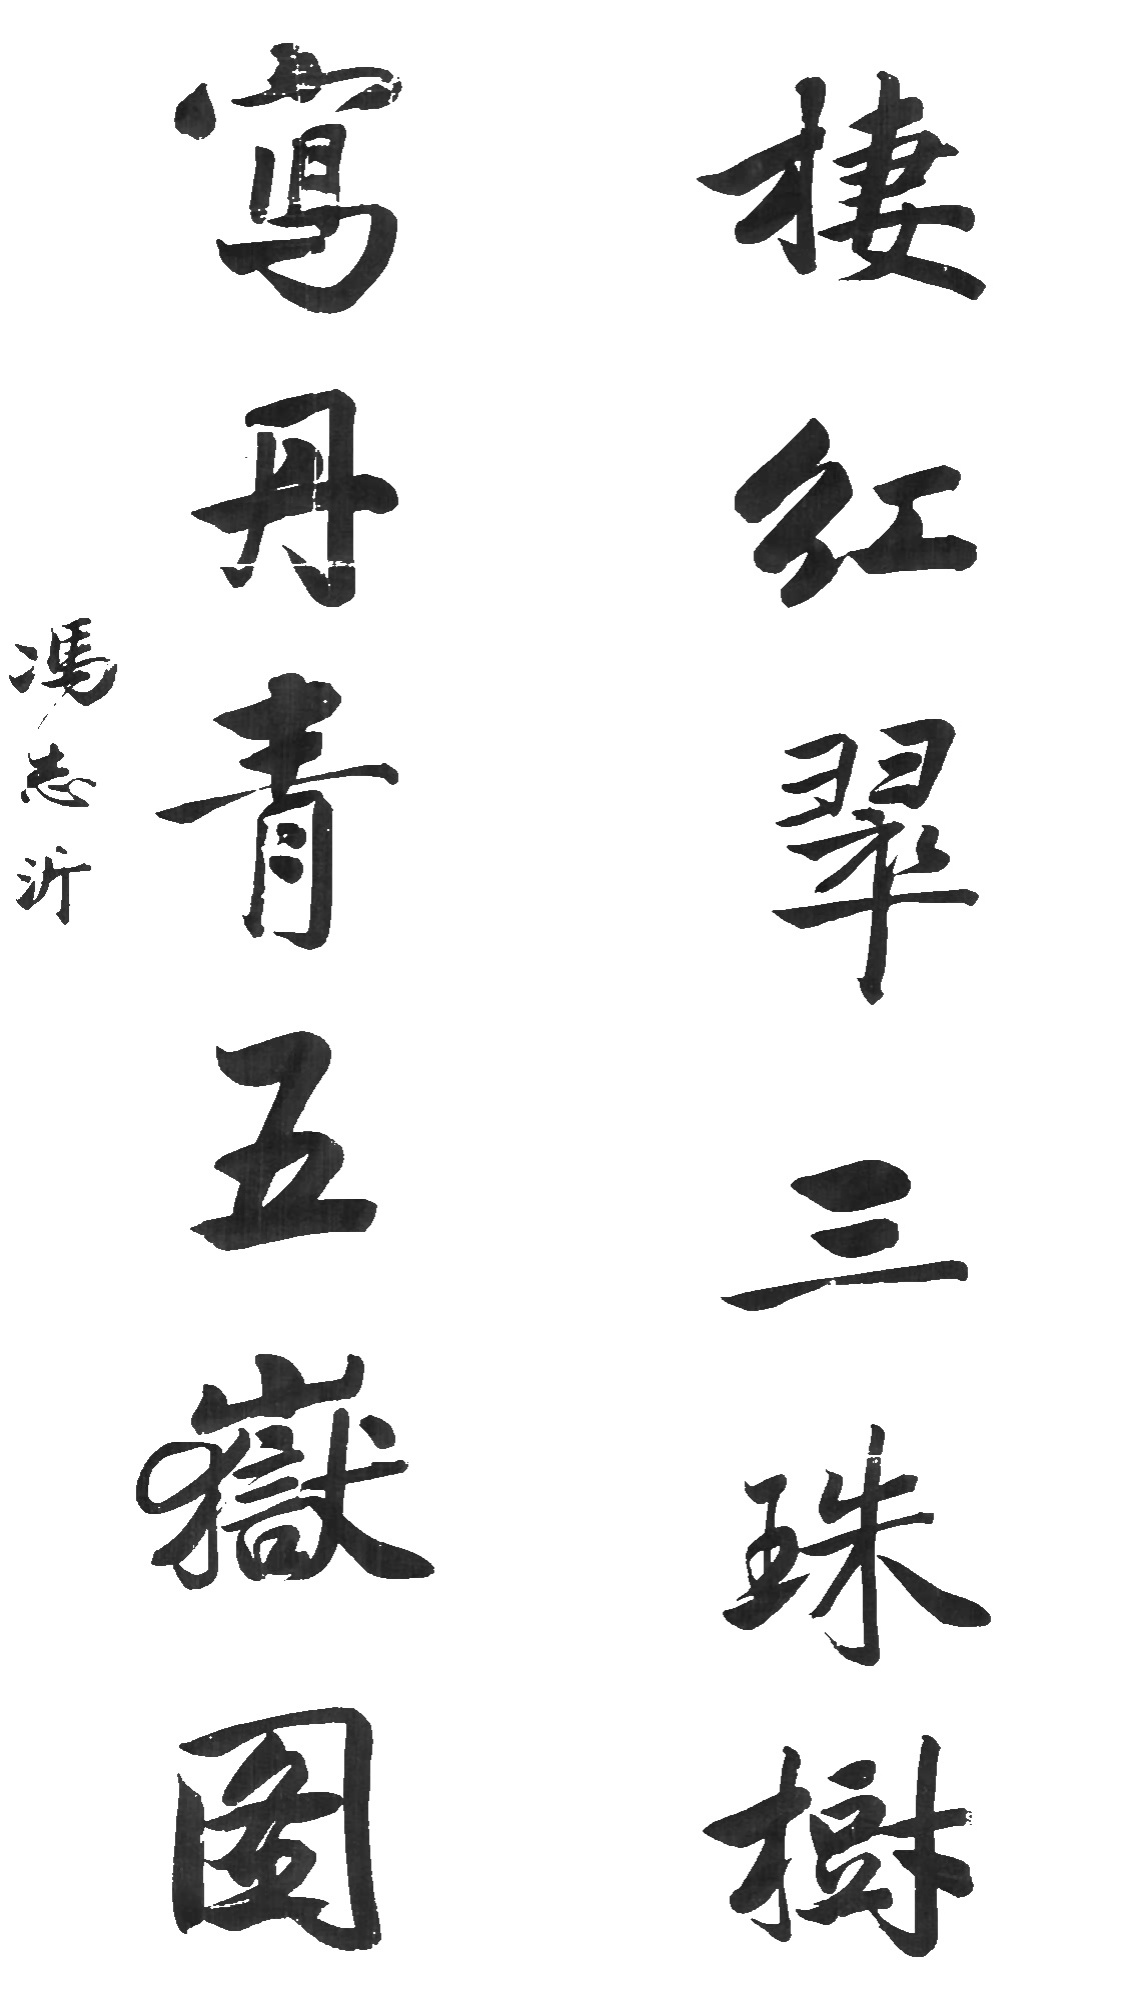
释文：栖红翠三珠树，写丹青五岳图。冯志沂。